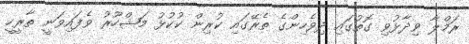
ރަމްލާ ވިދާޅުވި ގޮތުގައި ދިވެހިންގެ ތެރޭގައި ކުރިން ކުކުޅު މަޝްހޫރު ވެފައިވަނީ ތާރީހީ